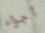
أجواء